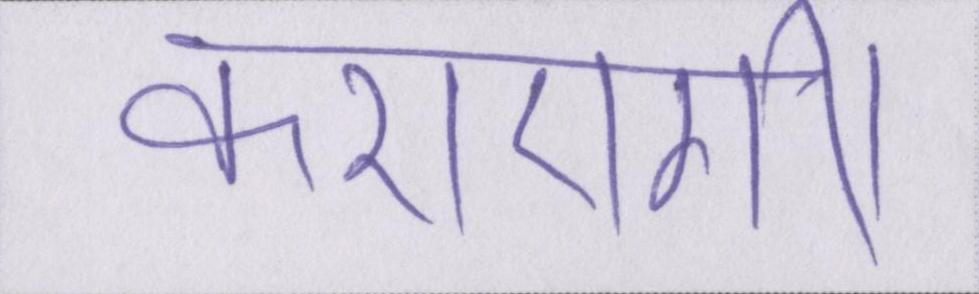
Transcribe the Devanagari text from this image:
कराएगी।